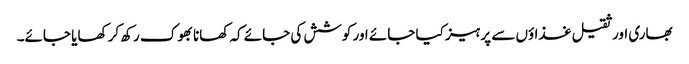
بھاری اور ثقیل غذاؤں سے پرہیز کیا جائے اور کوشش کی جائے کہ کھانا بھوک رکھ کر کھایا جائے۔